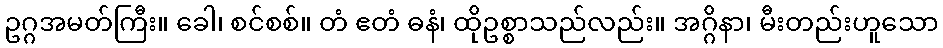
ဥဂ္ဂအမတ်ကြီး။ ခေါ၊ စင်စစ်။ တံ ဧတံ ဓနံ၊ ထိုဥစ္စာသည်လည်း။ အဂ္ဂိနာ၊ မီးတည်းဟူသော